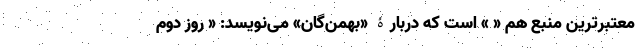
معتبرترین منبع هم « » است که دربارۀ «بهمن‌گان» می‌نویسد: « روز دوم